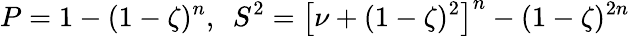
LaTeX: {P}=1-(1-\zeta)^{n},~~S^{2}=\left[\nu+(1-\zeta)^{2}\right]^{n}-(1-\zeta)^{2n}